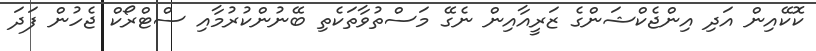
ކޮކޭއިން އަދި އިންޖެކްޝަންގެ ޒަރީއާއިން ނެގޭ މަސްތުވާތަކެތި ބޭނުންކުރުމާއި ސްޓްރޯކް ޖެހުން ފަދަ